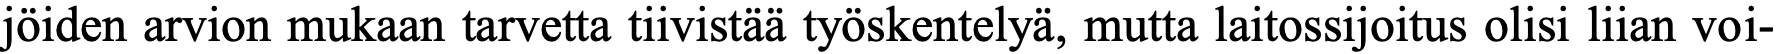
jöiden arvion mukaan tarvetta tiivistää työskentelyä, mutta laitossijoitus olisi liian voi-